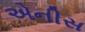
એનીસ